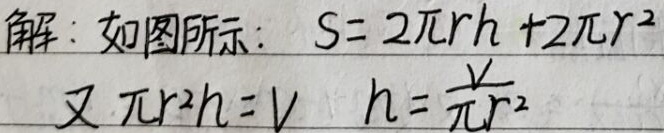
解：
如图所示：
\[
\begin{align*}
S&=2\pi rh + 2\pi r^{2}\\
\text{又 }\pi r^{2}h&=V\quad h = \frac{V}{\pi r^{2}}
\end{align*}
\]